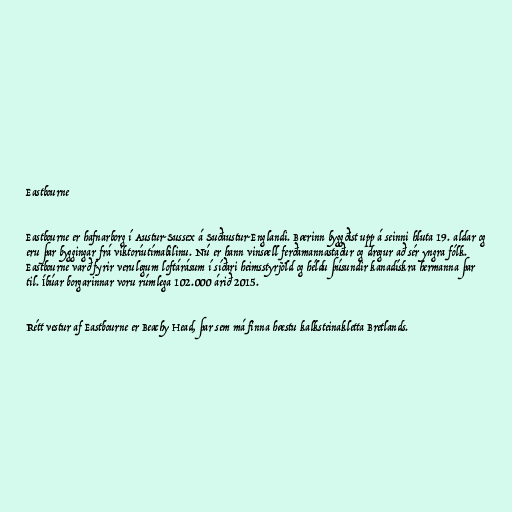
Eastbourne

Eastbourne er hafnarborg í Austur-Sussex á Suðaustur-Englandi. Bærinn byggðist upp á seinni hluta 19. aldar og
eru þar byggingar frá viktoríutímabilinu. Nú er hann vinsæll ferðamannastaður og dregur að sér yngra fólk.
Eastbourne varð fyrir verulegum loftárásum í síðari heimsstyrjöld og héldu þúsundir kanadískra hermanna þar
til. Íbúar borgarinnar voru rúmlega 102.000 árið 2015.

Rétt vestur af Eastbourne er Beachy Head, þar sem má finna hæstu kalksteinakletta Bretlands.